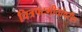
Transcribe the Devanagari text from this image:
चित्रपटगीतांवरील